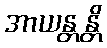
အာယန္တန္တိ